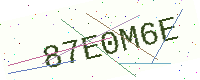
Text: 87E0M6E